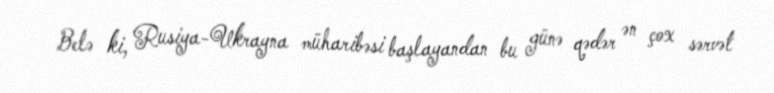
Belə ki, Rusiya-Ukrayna müharibəsi başlayandan bu günə qədər ən çox sərvət